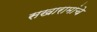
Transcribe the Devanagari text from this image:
सखारामांचे